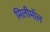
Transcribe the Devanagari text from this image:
मिलीमॉल